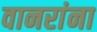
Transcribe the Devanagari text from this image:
वानरांना